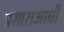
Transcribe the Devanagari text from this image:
प्रसाराआधी